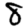
Digit: 8